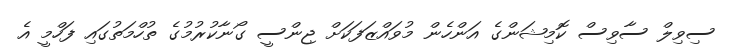
ސިވިލް ސާވިސް ކޮމިޝަންގެ އަންހެން މުވައްޒަފަކަށް ޖިންސީ ގޯނާކުރުމުގެ ތުހްމަތުގައި ފަހްމީ އެ